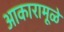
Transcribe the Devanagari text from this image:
आकारामूळे